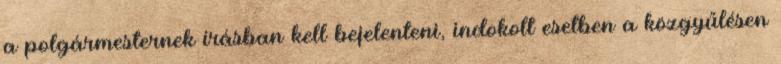
a polgármesternek írásban kell bejelenteni, indokolt esetben a közgyűlésen